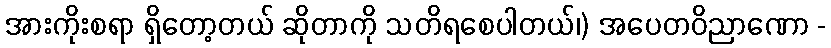
အားကိုးစရာ ရှိတော့တယ် ဆိုတာကို သတိရစေပါတယ်၊) အပေတဝိညာဏော -